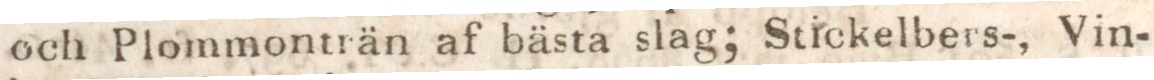
och Plommonträn af bästa slag; Stickelbers-, Vin-